Vaccination in Bombay 1924-1928 - 1924-1928
Year: 1924
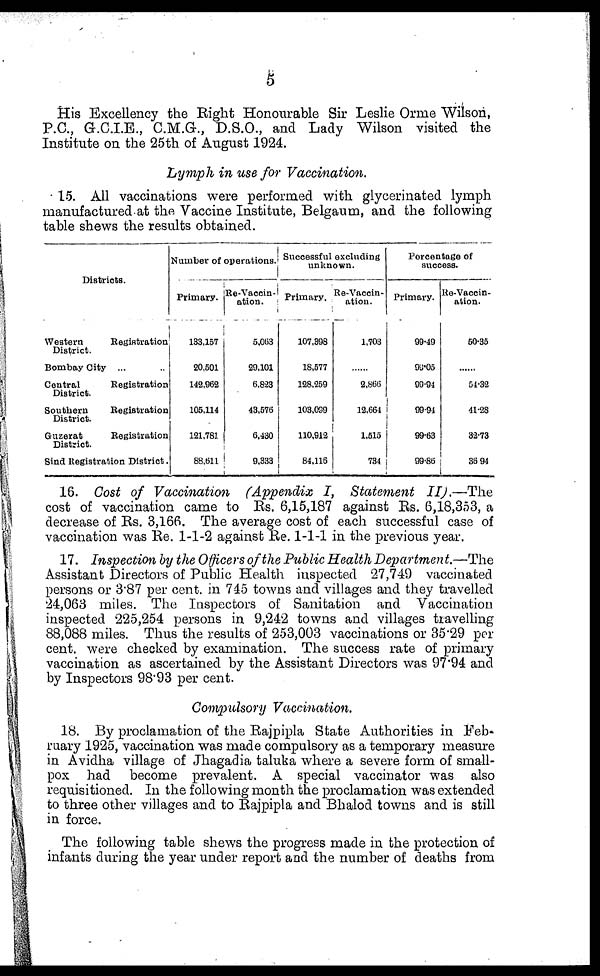
5
His Excellency the Right Honourable Sir Leslie Orme Wilson,
P.C., G.C.I.E., C.M.G., D.S.O., and Lady Wilson visited the
Institute on the 25th of August 1924.
Lymph in use for Vaccination.
15. All vaccinations were performed with glycerinated lymph
manufactured at the Vaccine Institute, Belgaum, and the following
table shews the results obtained.
Districts.
Western
Registration
District.
Bombay City ... ...
Central
Registration
District.
Southern
Registration
District.
Guzerat
Registration
District.
Sind Registration District.
Number of operations.
Primary.
133,157
20,501
142,962
105,114
121,781
88,611
Re-Vaccin-
ation.
5,063
29,101
6,823
43,576
6,430
9,333
Successful excluding
unknown.
Primary.
107,398
18,577
128,259
103,099
110,912
84,116
Re-Vaccin-
ation .
1,703
......
2,866
12,664
1,515
734
Percentage of
success.
Primary.
99.49
95.05
99.94
99.94
99.63
99.86
Re-Vaccin-
ation.
50.35
......
54.32
41.28
32.73
36.94
16. Cost of Vaccination (Appendix I, Statement
II).—The
cost of vaccination came to Rs. 6,15,187 against Rs. 6,18,353, a
decrease of Rs. 3,166. The average cost of each successful case of
vaccination was Re. 1-1-2 against Re. 1-1-1 in the previous year.
17. Inspection by the Officers of the Public Health Department.—The
Assistant Directors of Public Health inspected 27,749 vaccinated
persons or 3.87 per cent. in 745 towns and villages and they travelled
24,063 miles. The Inspectors of Sanitation and Vaccination
inspected 225,254 persons in 9,242 towns and villages travelling
88,088 miles. Thus the results of 253,003 vaccinations or 35.29 per
cent. were checked by examination. The success rate of primary
vaccination as ascertained by the Assistant Directors was 97.94 and
by Inspectors 98.93 per cent.
Compulsory Vaccination.
18. By proclamation of the Rajpipla State Authorities in Feb-
ruary 1925, vaccination was made compulsory as a temporary measure
in Avidha village of Jhagadia taluka where a severe form of small-
pox had become prevalent. A special vaccinator was also
requisitioned. In the following month the proclamation was extended
to three other villages and to Rajpipla and Bhalod towns and is still
in force.
The following table shews the progress made in the protection of
infants during the year under report and the number of deaths from